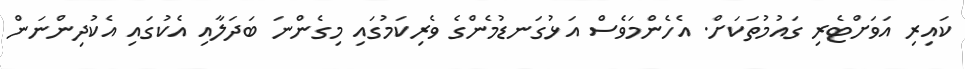
ކައިރި އަވަށްޓެރި ގައުމުތަކަށް. އެހެންމަވެސް އަޅުގަނޑުމެންގެ ވެރިކަމުގައި މިގެންނަ ބަދަލާއި އެކުގައި އެކުދިންނަން